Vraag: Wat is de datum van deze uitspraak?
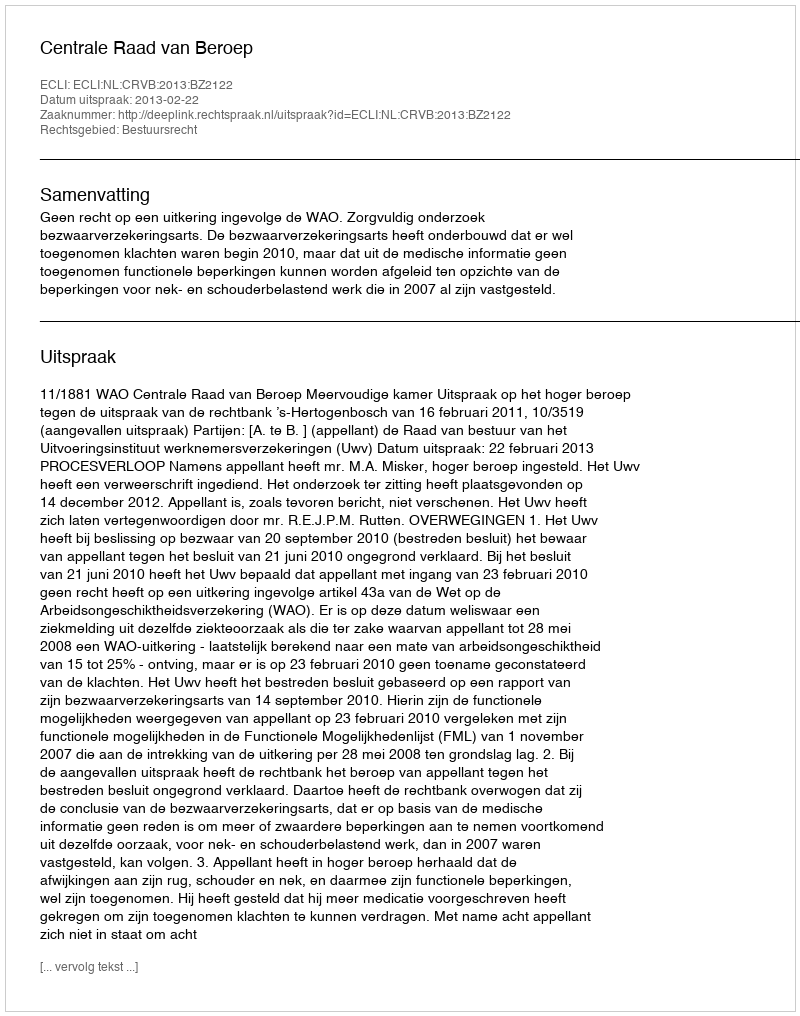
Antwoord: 2013-02-22